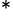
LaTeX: ^\mathrm{*}